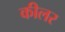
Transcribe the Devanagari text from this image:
कीलर